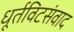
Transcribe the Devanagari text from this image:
धूर्तविटसंवाद